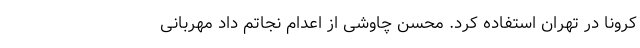
کرونا در تهران استفاده کرد. محسن چاوشی از اعدام نجاتم داد مهربانی